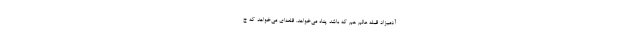
آدمیزاد قبله عالم هم که باشد پناه می‌خواهد. قلعه‌ای می‌خواهد که ج